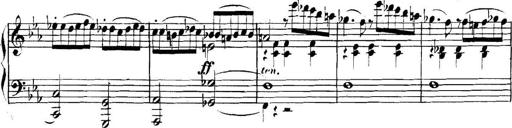
Title: Collected Piano Sonatas
Composer: Muzio Clementi